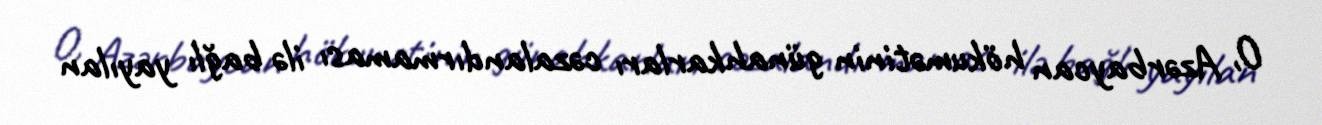
O, Azərbaycan hökumətinin günahkarları cəzalandırmaması ilə bağlı yayılan